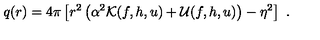
q ( r ) = 4 \pi \left[ r ^ { 2 } \left( \alpha ^ { 2 } { \cal K } ( f , h , u ) + { \cal U } ( f , h , u ) \right) - \eta ^ { 2 } \right] \ .